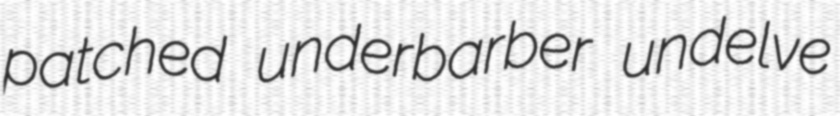
patched underbarber undelve